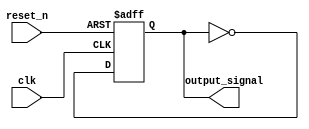
module async_reset_example (
    input wire clk,         // Clock signal
    input wire reset_n,     // Active-low asynchronous reset signal
    output reg output_signal // Primary output of the block
);

// Define the reset value
localparam RESET_VALUE = 1'b0;

// Always block to handle asynchronous reset and clock-driven behavior
always @(posedge clk or negedge reset_n) begin
    if (!reset_n) begin
        // Asynchronous reset: set output_signal to reset value
        output_signal <= RESET_VALUE;
    end else begin
        // Normal operation: update output_signal based on defined logic
        // (Insert your state transition or logic here)
        // For example, toggling the output_signal for demonstration:
        output_signal <= ~output_signal; // Example operation
    end
end

endmodule